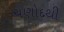
ચણોદથી